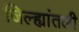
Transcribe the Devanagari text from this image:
जिल्ह्यांतली